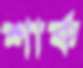
শার্ক